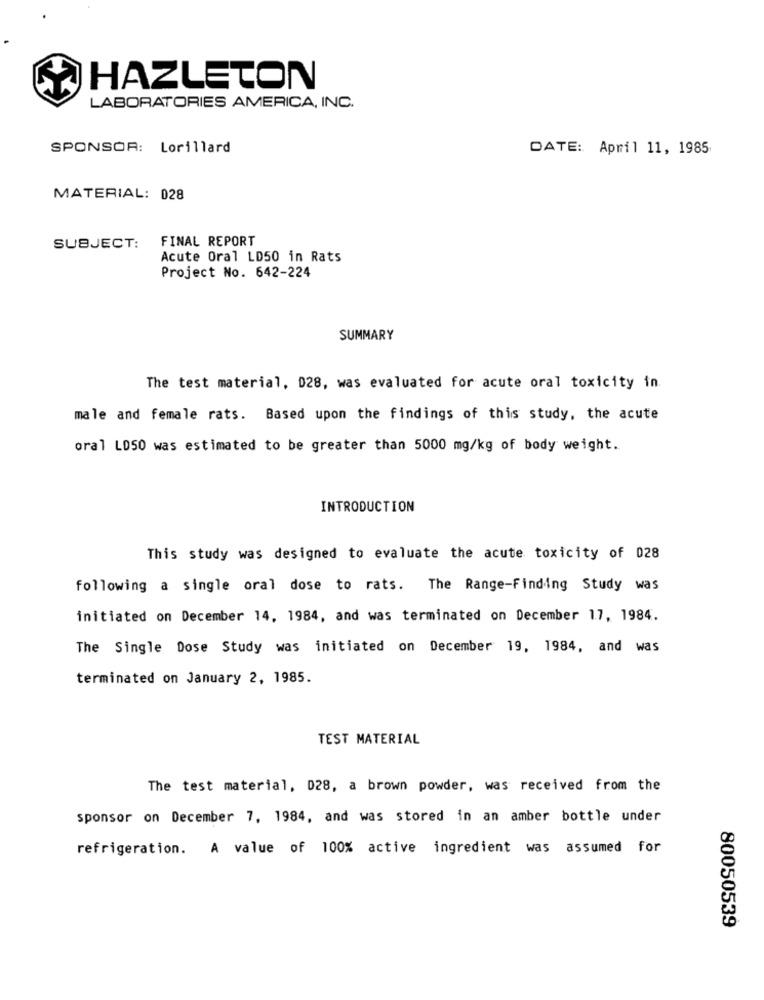
HAZLETON
LABORATORIES AMERICA, INC.
SPONSOR: Lorillard
DATE: April 11, 1985
MATERIAL: 028
FINAL REPORT
SUBJECT:
Acute Oral LD50 in Rats
Project No. 642-224
SUMMARY
The test material, 028, was evaluated for acute oral toxicity in
male and female rats.
Based upon the findings of this study, the acute
oral LDS0 was estimated to be greater than 5000 mg/kg of body weight.
INTRODUCTION
This study was designed to evaluate the acute toxicity of 028
following a single oral dose to rats. The Range-Finding Study was
initiated on December 14, 1984, and was terminated on December 17, 1984.
The Single Dose Study was initiated on December 19, 1984, and was
terminated on January 2, 1985.
TEST MATERIAL
The test material, 028, a brown powder, was received from the
sponsor on December 7, 1984, and was stored in an amber bottle under
refrigeration. A value of 100% active ingredient was assumed for
80050539